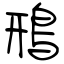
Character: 鳽